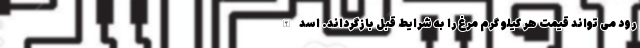
رود می تواند قیمت هر کیلو گرم مرغ را به شرایط قبل بازگرداند. اسدالله